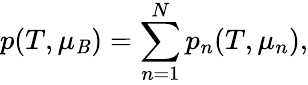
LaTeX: p(T,\mu_{\mathit{B}})=\sum_{n=1}^{N}p_{n}(T,\mu_{n}),